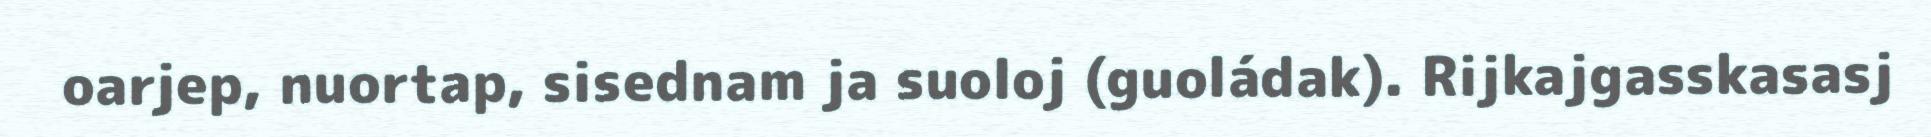
oarjep, nuortap, sisednam ja suoloj (guoládak). Rijkajgasskasasj